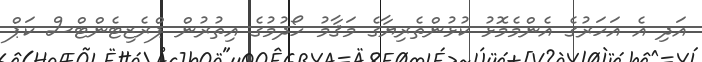
އަދި އެ އަހަރުގެ އެންމެމޮޅު ކުޅުންތެރިޔާގެ މަޤާމު ހޯދުމުގެ އިތުރުން ޕްރެޒިޓެންޓްސް ކަޕް